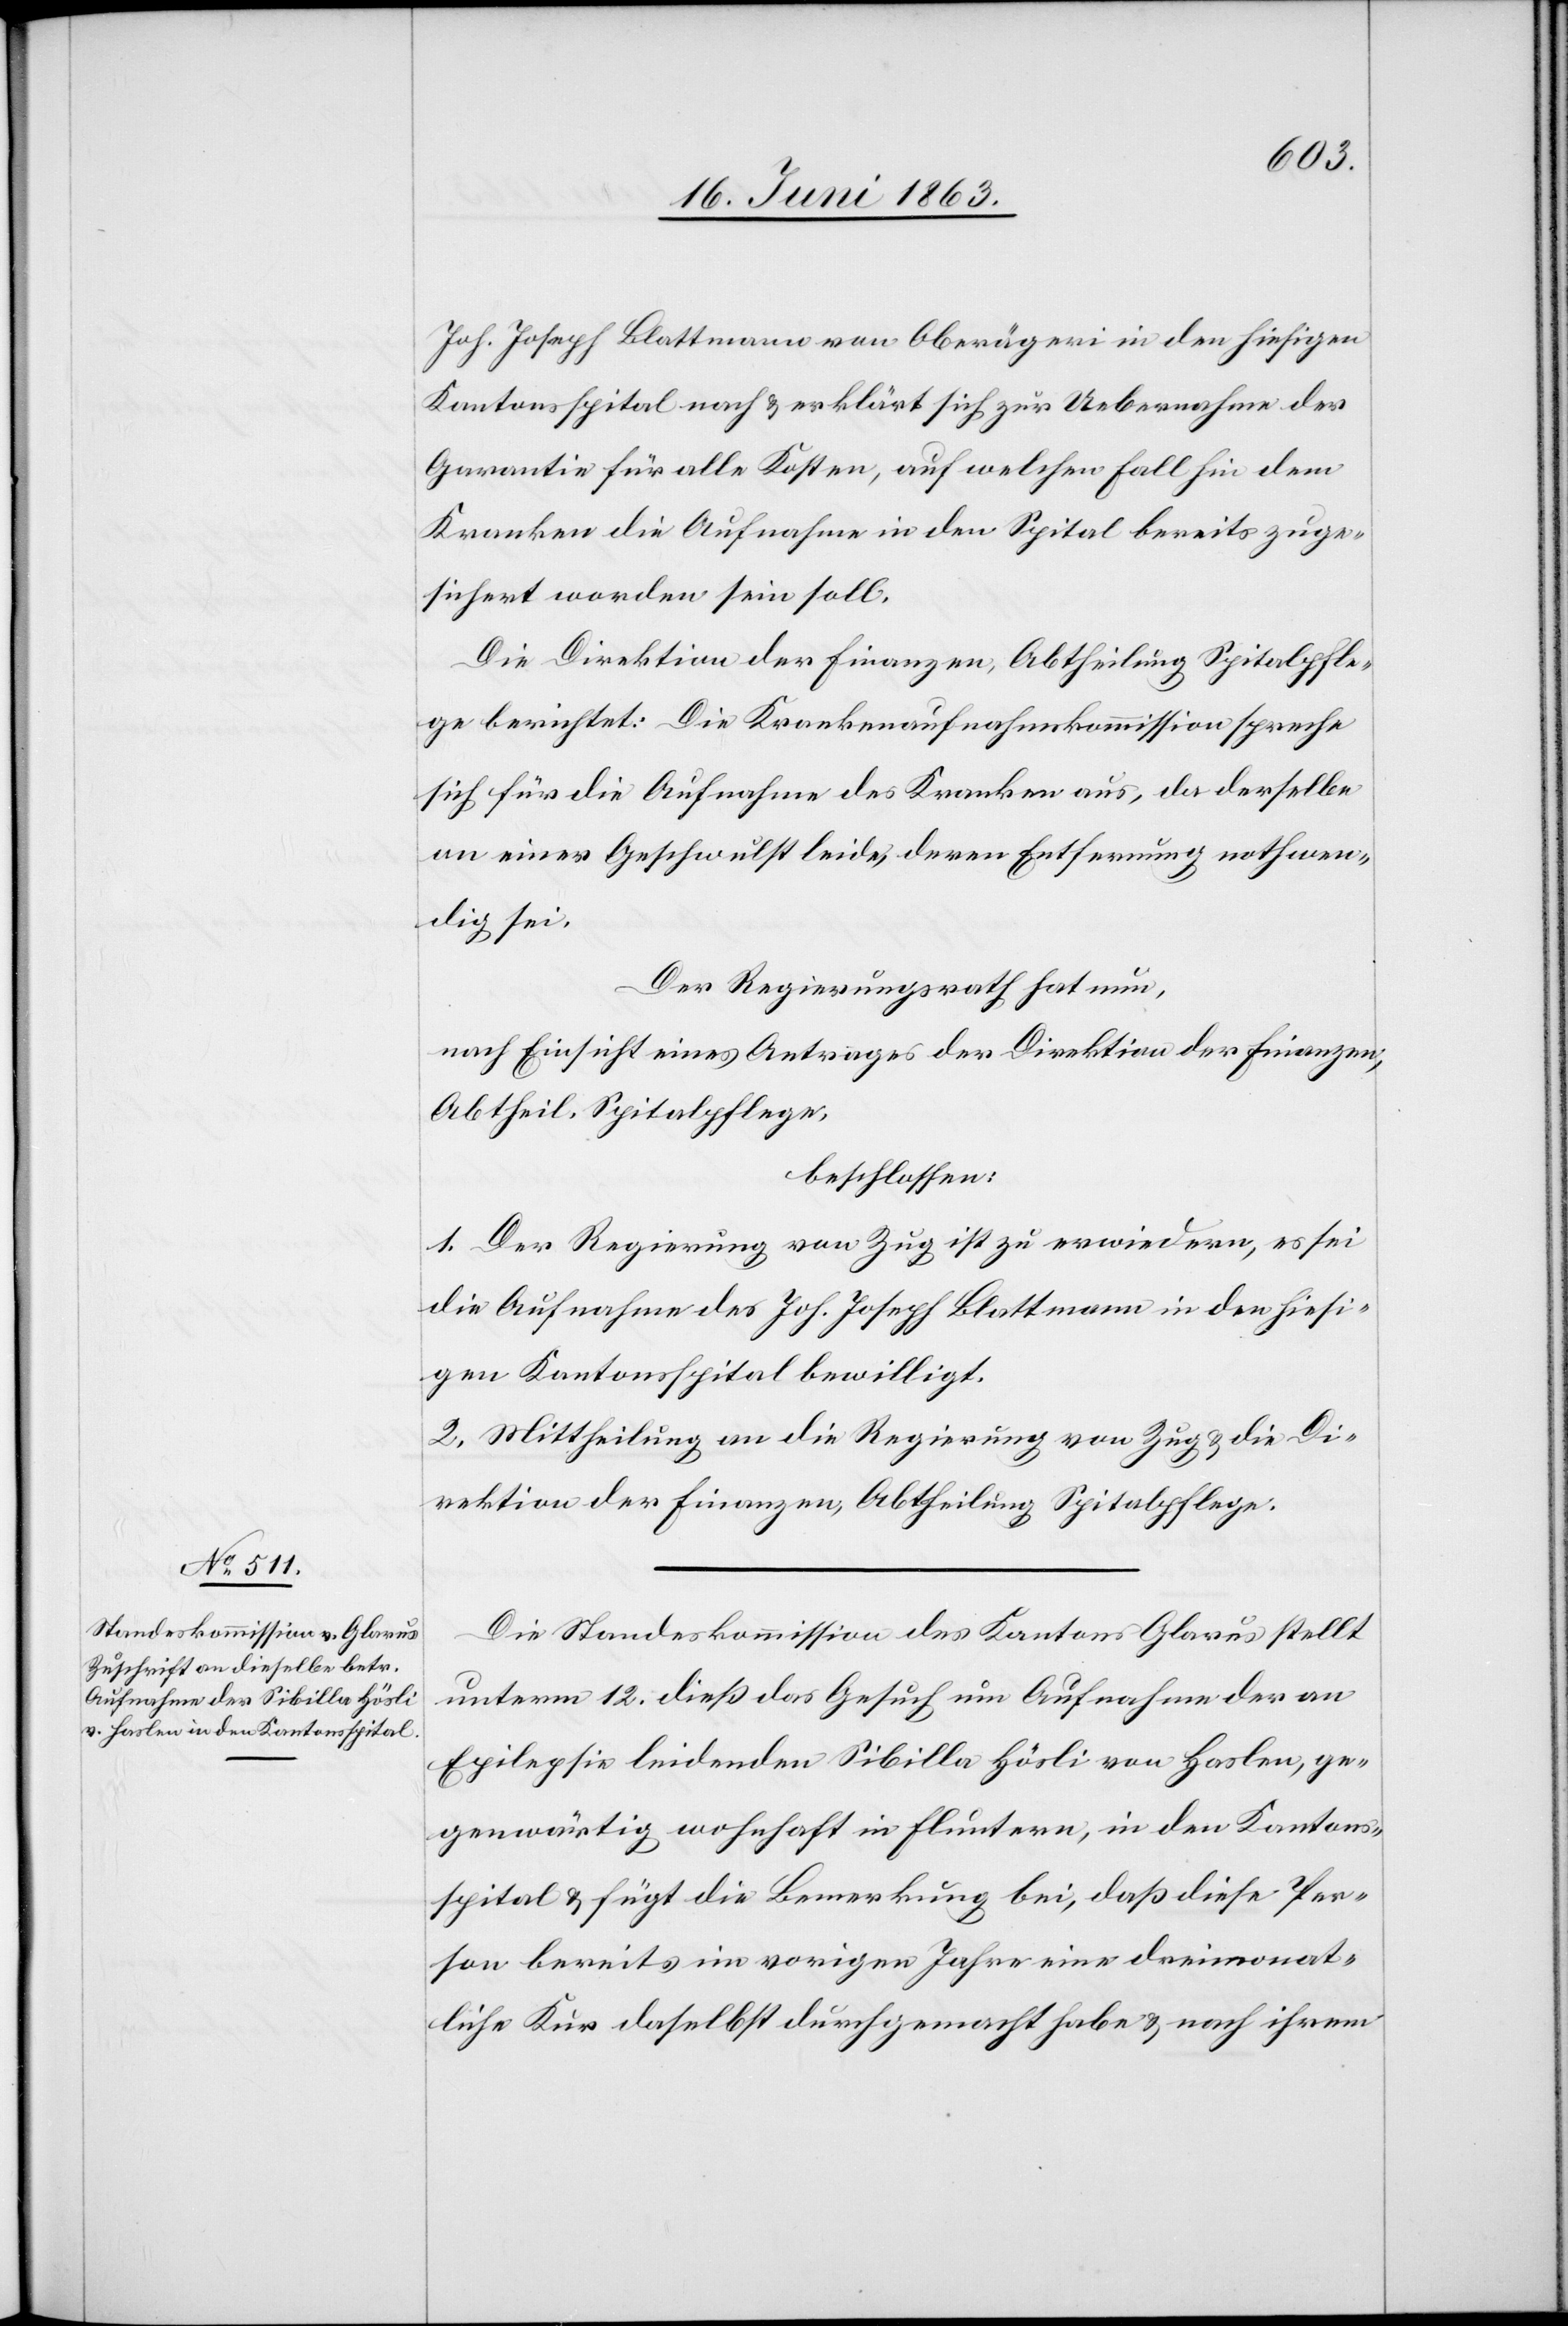
22. Juni 1863.]
Joh. Joseph Blattmann von Oberägeri in den hiesigen
Kantonsspital nach & erklärt sich zur Uebernahme der
Garantie für alle Kosten, auf welchen Fall hin dem
Kranken die Aufnahme in den Spital bereits zuge¬
sichert worden sein soll.
Die Direktion der Finanzen, Abtheilung Spitalpfle¬
ge berichtet: Die Krankenaufnahmskommission spreche
sich für die Aufnahme des Kranken aus, da derselbe
an einer Geschwulst leide, deren Entfernung nothwen¬
dig sei.
Der Regierungsrath hat nun,
nach Einsicht eines Antrages der Direktion der Finanzen,
Abtheil. Spitalpflege,
beschlossen:
1. Der Regierung von Zug ist zu erwiedern, es sei
die Aufnahme des Joh. Joseph Blattmann in den hiesi¬
gen Kantonsspital bewilligt.
2. Mittheilung an die Regierung von Zug & die Di¬
rektion der Finanzen, Abtheilung Spitalpflege.
Die Standeskommission des Kantons Glarus stellt
unterm 12. dieß das Gesuch um Aufnahme der an
Epilepsie leidenden Sibilla Hösli von Haslen, ge¬
genwärtig wohnhaft in Fluntern, in den Kantons¬
spital & fügt die Bemerkung bei, daß diese Per¬
son bereits im vorigen Jahre eine dreimonat¬
liche Kur daselbst durchgemacht habe & nach ihrem